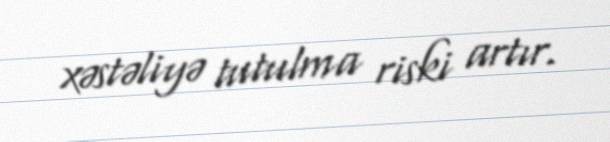
xəstəliyə tutulma riski artır.